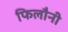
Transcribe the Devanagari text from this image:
फिलौनी